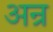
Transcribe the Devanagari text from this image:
अन्र